Civil Veterinary Department Bihar reports 1936-40 - 1936-1940
Year: 1936
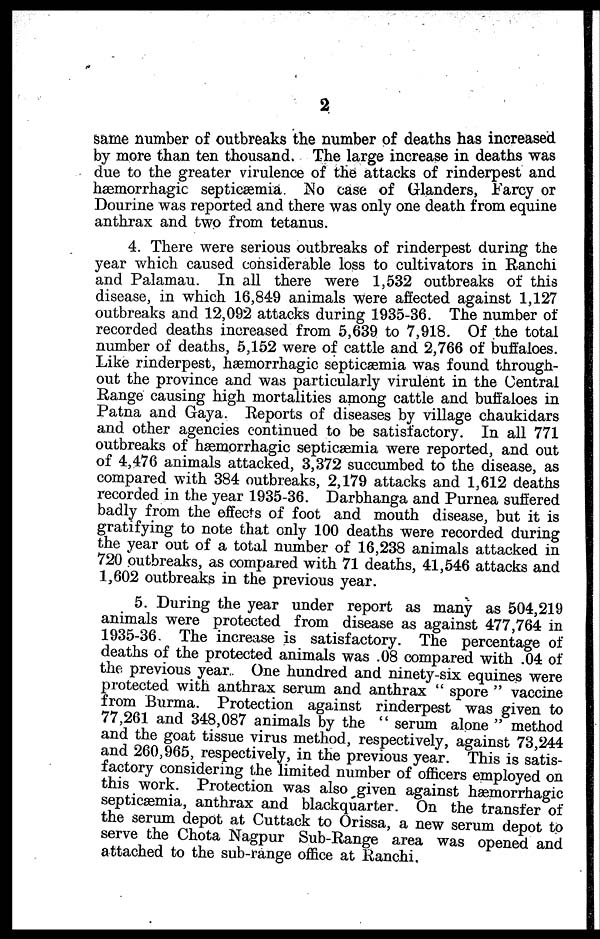
2
same number of outbreaks the number of deaths has increased
by more than ten thousand. The large increase in deaths was
due to the greater virulence of the attacks of rinderpest and
hæmorrhagic septicæmia No case of Glanders, Farcy or
Dourine was reported and there was only one death from equine
anthrax and two from tetanus.
4. There were serious outbreaks of rinderpest during the
year which caused considerable loss to cultivators in Ranchi
and Palamau. In all there were 1,532 outbreaks of this
disease, in which 16,849 animals were affected against 1,127
outbreaks and 12,092 attacks during 1935-36. The number of
recorded deaths increased from 5,639 to 7,918. Of the total
number of deaths, 5,152 were of cattle and 2,766 of buffaloes.
Like rinderpest, hæmorrhagic septicæmia was found through-
out the province and was particularly virulent in the Central
Range causing high mortalities among cattle and buffaloes in
Patna and Gaya. Reports of diseases by village chaukidars
and other agencies continued to be satisfactory. In all 771
outbreaks of hæmorrhagic septicæmia were reported, and out
of 4,476 animals attacked, 3,372 succumbed to the disease, as
compared with 384 outbreaks, 2,179 attacks and 1,612 deaths
recorded in the year 1935-36. Darbhanga and Purnea suffered
badly from the effects of foot and mouth disease, but it is
gratifying to note that only 100 deaths were recorded during
the year out of a total number of 16,238 animals attacked in
720 outbreaks, as compared with 71 deaths, 41,546 attacks and
1,602 outbreaks in the previous year.
5. During the year under report as many as 504,219
animals were protected from disease as against 477,764 in
1935-36. The increase is satisfactory. The percentage of
deaths of the protected animals was .08 compared with .04 of
the previous year. One hundred and ninety-six equines were
protected with anthrax serum and anthrax " spore " vaccine
from Burma. Protection against rinderpest was given to
77,261 and 348,087 animals by the " serum alone " method
and the goat tissue virus method, respectively, against 73,244
and 260,965, respectively, in the previous year. This is satis-
factory considering the limited number of officers employed on
this work. Protection was also given against hæmorrhagic
septicæmia, anthrax and blackquarter. On the transfer of
the serum depot at Cuttack to Orissa, a new serum depot to
serve the Chota Nagpur Sub-Range area was opened and
attached to the sub-range office at Ranchi.